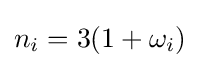
n_{i}=3(1+\omega _{i})